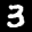
Label: 3